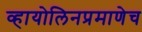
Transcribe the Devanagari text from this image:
व्हायोलिनप्रमाणेच